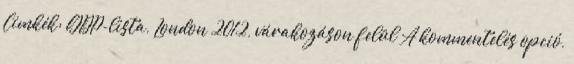
Címkék: GDP-lista, London 2012, várakozáson felül A kommentelés opció,